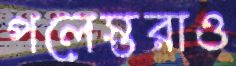
পলেস্তরাও